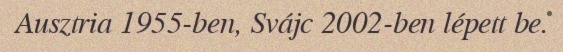
Ausztria 1955-ben, Svájc 2002-ben lépett be.